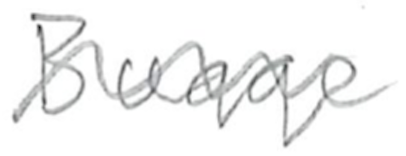
Text: Bugge
Cross-out: wave
Writing tool: pencil